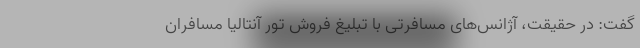
گفت:‌ در حقیقت، آژانس‌های مسافرتی با تبلیغ فروش تور آنتالیا مسافران